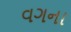
વગના